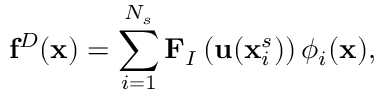
\mathbf { f } ^ { D } ( \mathbf { x } ) = \sum _ { i = 1 } ^ { N _ { s } } \mathbf { F } _ { I } \left( \mathbf { u } ( \mathbf { x } _ { i } ^ { s } ) \right) { \phi } _ { i } ( \mathbf { x } ) ,